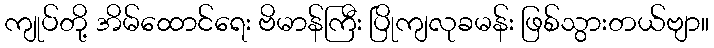
ကျုပ်တို့ အိမ်ထောင်ရေး ဗိမာန်ကြီး ပြိုကျလုခမန်း ဖြစ်သွားတယ်ဗျာ။